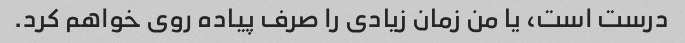
درست است، یا من زمان زیادی را صرف پیاده روی خواهم کرد.